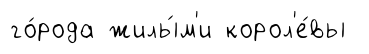
го́рода жилы́м'и корол'е́вы